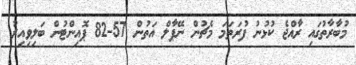
މުބާރާތުގައި ރާއްޖެ ކުޅުނު ފުރަތަމަ މެޗުން ނޭޕާލް އަތުން 57-82 ޕޮއިންޓުން ބަލިވިއިރު